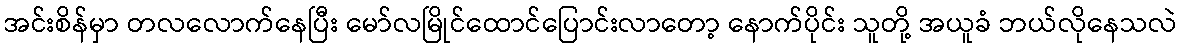
အင်းစိန်မှာ တလလောက်နေပြီး မော်လမြိုင်ထောင်ပြောင်းလာတော့ နောက်ပိုင်း သူတို့ အယူခံ ဘယ်လိုနေသလဲ